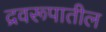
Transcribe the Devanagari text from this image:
द्रवरूपातील